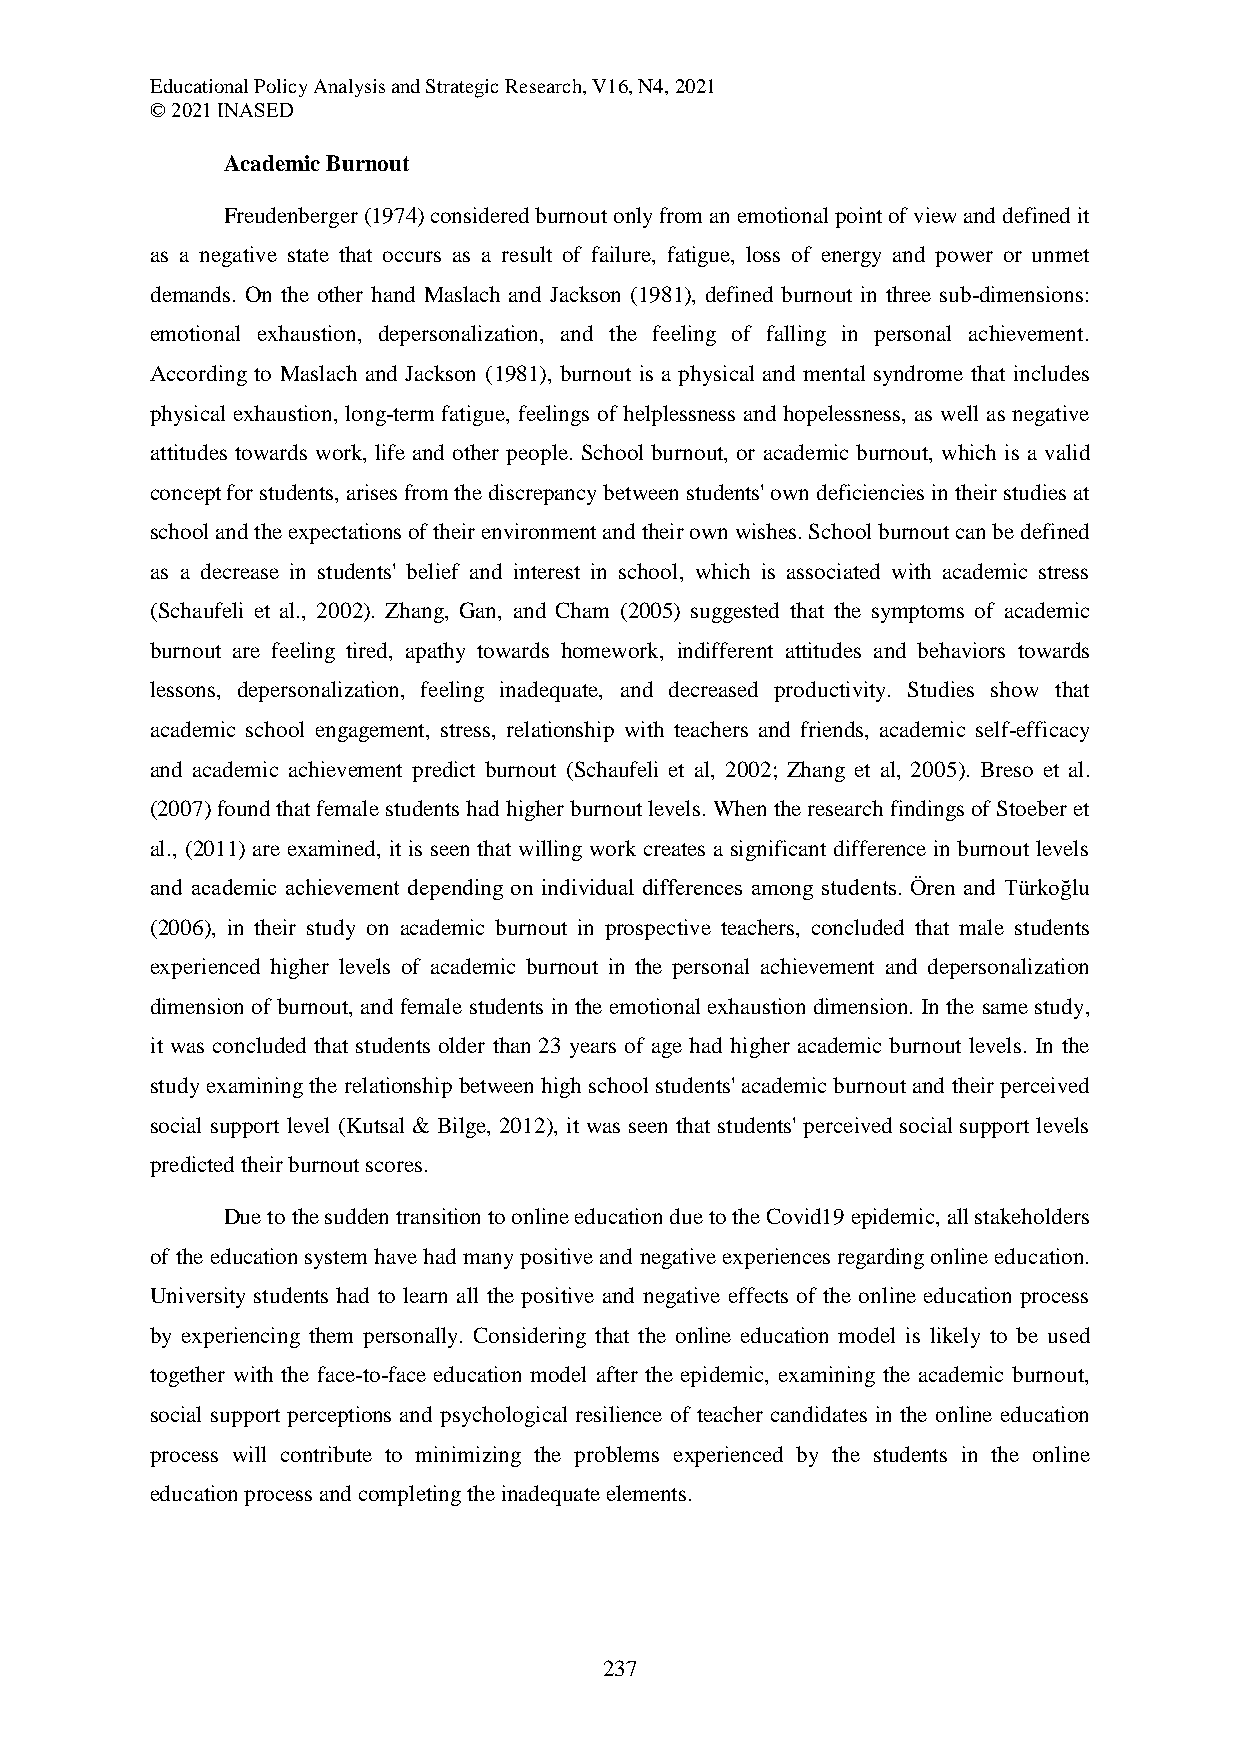
Educational Policy Analysis and Strategic Research, V16, N4, 2021
 © 2021 INASED
 Academic Burnout
 Freudenberger (1974) considered burnout only from an emotional point of view and defined it
 as a negative state that occurs as a result of failure, fatigue, loss of energy and power or unmet
 demands. On the other hand Maslach and Jackson (1981), defined burnout in three sub-dimensions:
 emotional exhaustion, depersonalization, and the feeling of falling in personal achievement.
 According to Maslach and Jackson (1981), burnout is a physical and mental syndrome that includes
 physical exhaustion, long-term fatigue, feelings of helplessness and hopelessness, as well as negative
 attitudes towards work, life and other people. School burnout, or academic burnout, which is a valid
 concept for students, arises from the discrepancy between students' own deficiencies in their studies at
 school and the expectations of their environment and their own wishes. School burnout can be defined
 as a decrease in students' belief and interest in school, which is associated with academic stress
 (Schaufeli et al., 2002). Zhang, Gan, and Cham (2005) suggested that the symptoms of academic
 burnout are feeling tired, apathy towards homework, indifferent attitudes and behaviors towards
 lessons, depersonalization, feeling inadequate, and decreased productivity. Studies show that
 academic school engagement, stress, relationship with teachers and friends, academic self-efficacy
 and academic achievement predict burnout (Schaufeli et al, 2002; Zhang et al, 2005). Breso et al.
 (2007) found that female students had higher burnout levels. When the research findings of Stoeber et
 al., (2011) are examined, it is seen that willing work creates a significant difference in burnout levels
 and academic achievement depending on individual differences among students. Ören and Türkoğlu
 (2006), in their study on academic burnout in prospective teachers, concluded that male students
 experienced higher levels of academic burnout in the personal achievement and depersonalization
 dimension of burnout, and female students in the emotional exhaustion dimension. In the same study,
 it was concluded that students older than 23 years of age had higher academic burnout levels. In the
 study examining the relationship between high school students' academic burnout and their perceived
 social support level (Kutsal & Bilge, 2012), it was seen that students' perceived social support levels
 predicted their burnout scores.
 Due to the sudden transition to online education due to the Covid19 epidemic, all stakeholders
 of the education system have had many positive and negative experiences regarding online education.
 University students had to learn all the positive and negative effects of the online education process
 by experiencing them personally. Considering that the online education model is likely to be used
 together with the face-to-face education model after the epidemic, examining the academic burnout,
 social support perceptions and psychological resilience of teacher candidates in the online education
 process will contribute to minimizing the problems experienced by the students in the online
 education process and completing the inadequate elements.
 237